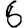
Digit: 6